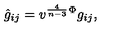
\hat { g } _ { i j } = v ^ { \frac { 4 } { n - 3 } } { } ^ { \Phi } g _ { i j } ,